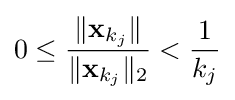
0\leq {\frac {\|\mathbf {x} _{k_{j}}\|}{\|\mathbf {x} _{k_{j}}\|_{2}}}<{\frac {1}{k_{j}}}